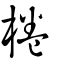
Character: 棬